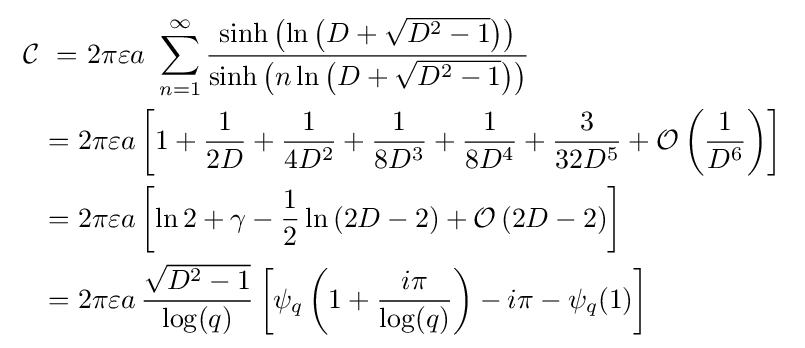
{\begin{aligned}\ {\mathcal {C}}\ =&\ {}2\pi \varepsilon a\ \sum _{n=1}^{\infty }{\frac {\sinh \left(\ln \left(D+{\sqrt {D^{2}-1}}\right)\right)}{\sinh \left(n\ln \left(D+{\sqrt {D^{2}-1}}\right)\right)}}\\={}&{}2\pi \varepsilon a\left[1+{\frac {1}{2D}}+{\frac {1}{4D^{2}}}+{\frac {1}{8D^{3}}}+{\frac {1}{8D^{4}}}+{\frac {3}{32D^{5}}}+{\mathcal {O}}\left({\frac {1}{D^{6}}}\right)\right]\\={}&{}2\pi \varepsilon a\left[\ln 2+\gamma -{\frac {1}{2}}\ln \left(2D-2\right)+{\mathcal {O}}\left(2D-2\right)\right]\\={}&{}2\pi \varepsilon a\,{\frac {\sqrt {D^{2}-1}}{\log(q)}}\left[\psi _{q}\left(1+{\frac {i\pi }{\log(q)}}\right)-i\pi -\psi _{q}(1)\right]\end{aligned}}\